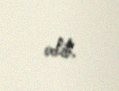
edib.